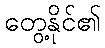
တွေ့နိုင်၏